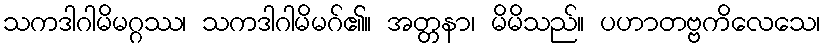
သကဒါဂါမိမဂ္ဂဿ၊ သကဒါဂါမိမဂ်၏။ အတ္တနာ၊ မိမိသည်။ ပဟာတဗ္ဗကိလေသေ၊